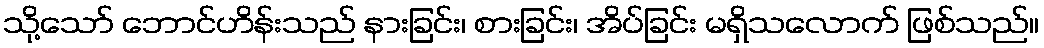
သို့သော် ဘောင်ဟိန်းသည် နားခြင်း၊ စားခြင်း၊ အိပ်ခြင်း မရှိသလောက် ဖြစ်သည်။